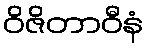
ဝိဇိတာဝီနံ